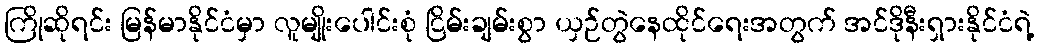
ကြိုဆိုရင်း မြန်မာနိုင်ငံမှာ လူမျိုးပေါင်းစုံ ငြိမ်းချမ်းစွာ ယှဉ်တွဲနေထိုင်ရေးအတွက် အင်ဒိုနီးရှားနိုင်ငံရဲ့